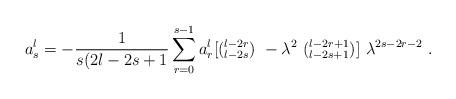
LaTeX: \begin{align*}a^l_s = -\frac{1}{s(2l-2s+1} \sum_{r=0}^{s-1} a^l_r[({}^{l-2r}_{l-2s} )\ -{\lambda}^2 \ ({}^{l-2r+1}_{l-2s+1} )]\ \lambda^{2s-2r-2} \ .\end{align*}